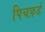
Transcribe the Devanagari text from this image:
पिचफ़र्ड